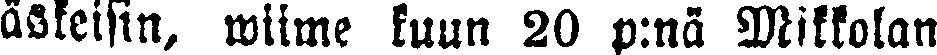
äskeisin, wiime kuun 20 p:nä Mikkolan